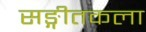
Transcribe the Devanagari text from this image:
सङ्गीतकला